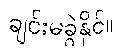
ချင်းမခွဲနိုင်။